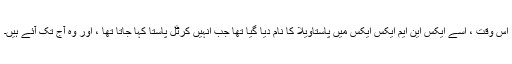
اس وقت ، اسے ایکس این ایم ایکس ایکس میں پاستاویلا کا نام دیا گیا تھا جب انہیں کرٹل پاستا کہا جاتا تھا ، اور وہ آج تک آئے ہیں۔